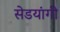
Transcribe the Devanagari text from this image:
सेडयांगी